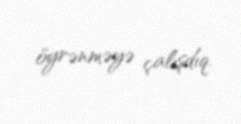
öyrənməyə çalışdıq.